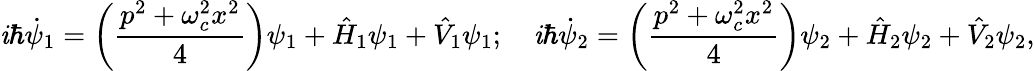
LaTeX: \mathit{i}\hbar\dot{{\psi}}_{1}=\left(\frac{{p^{2}+\omega_{c}^{2}x^{2}}}{{4}}\right)\psi_{1}+\hat{{H}}_{1}\psi_{1}+\hat{{V}}_{1}\psi_{1};\quad\mathit{i}\hbar\dot{{\psi}}_{2}=\left(\frac{{p^{2}+\omega_{c}^{2}x^{2}}}{{4}}\right)\psi_{2}+\hat{{H}}_{2}\psi_{2}+\hat{{V}}_{2}\psi_{2},